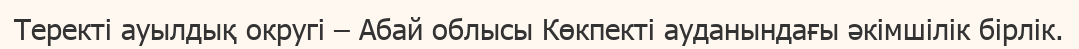
Теректі ауылдық округі – Абай облысы Көкпекті ауданындағы әкімшілік бірлік.